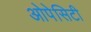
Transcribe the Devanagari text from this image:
ओपेसिटी